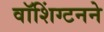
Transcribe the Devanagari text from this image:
वॉशिंग्टनने